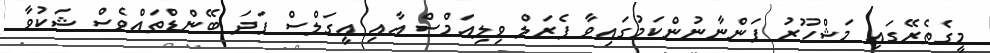
މީގެތެރޭގައި މަޝްހޫރު ފަންނާނުންކަމުގައިވާ ފެރަލް ވިލިއަމްސް އާއި އީގަލްސް ފަދަ ބޭންޑްތައްވެސް ޝަކުވާ